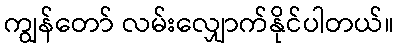
ကျွန်တော် လမ်းလျှောက်နိုင်ပါတယ်။